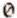
0